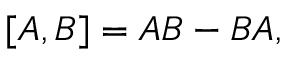
[ A , B ] = A B - B A ,